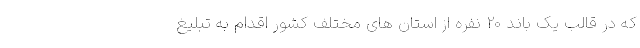
که در قالب یک باند 20 نفره از استان های مختلف کشور اقدام به تبلیغ